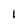
Character: I